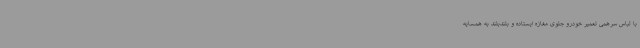
با لباس سرهمی تعمیر خودرو جلوی مغازه ایستاده و بلندبلند به همسایه